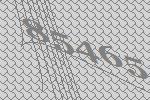
85465